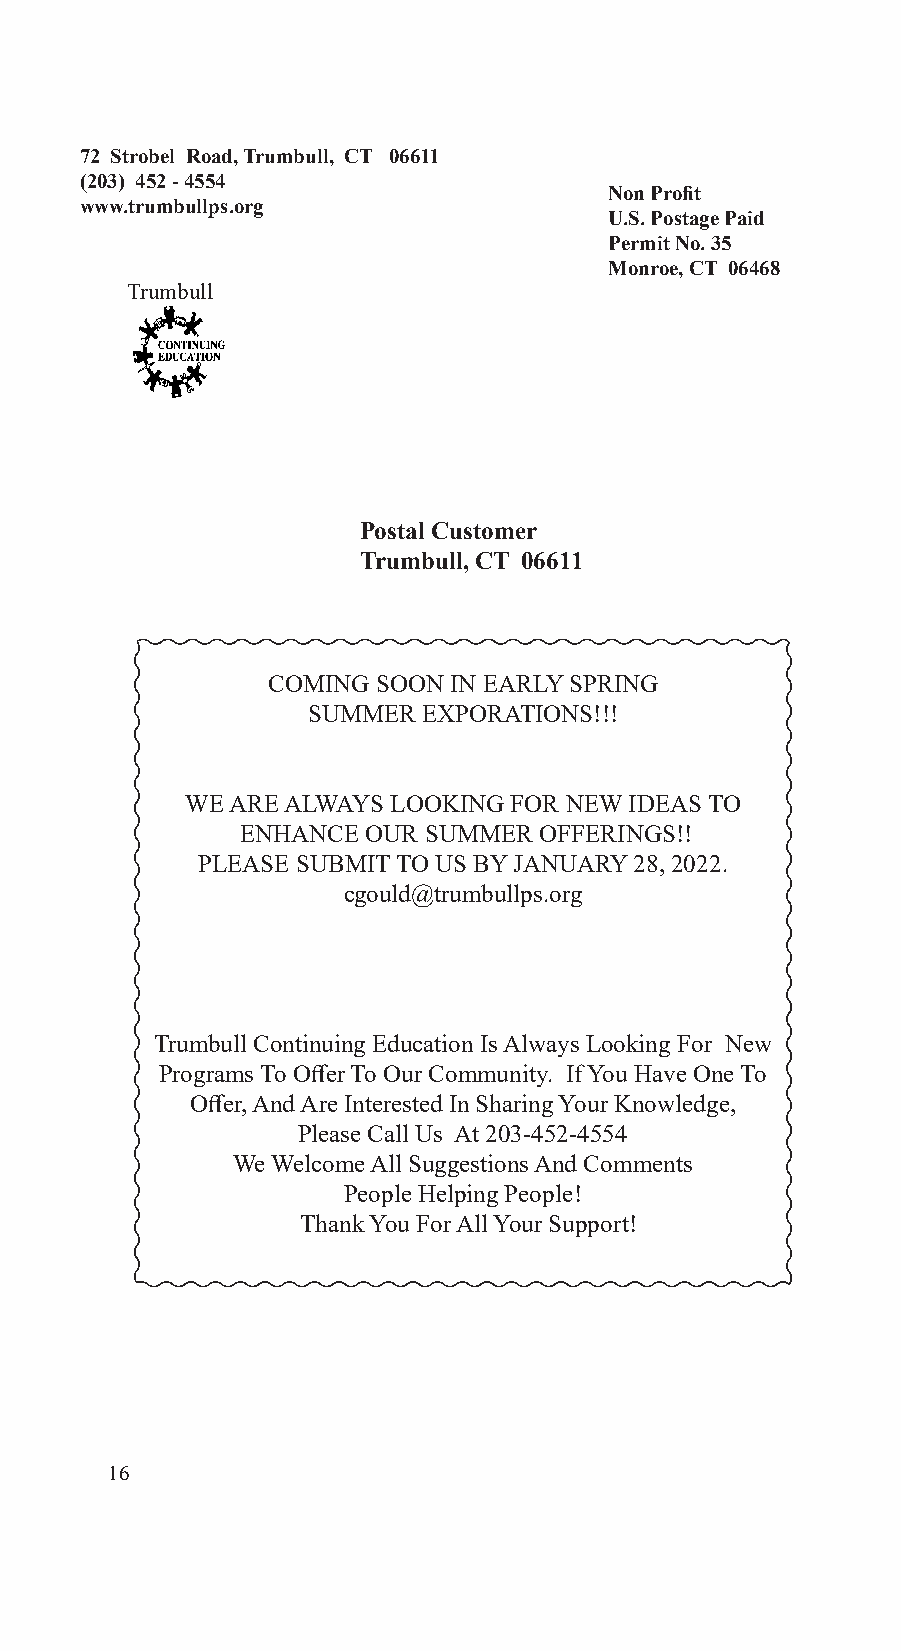
72 Strobel Road, Trumbull, CT 06611
 (203) 452 - 4554
 Non Profit
 www.trumbullps.org
 U.S. Postage Paid
 Permit No. 35
 Monroe, CT 06468
 Trumbull
 Postal Customer
 Trumbull, CT 06611
 COMING SOON IN EARLY SPRING
 SUMMER  EXPORATIONS!!!
 WE ARE ALWAYS LOOKING FOR NEW IDEAS TO
 ENHANCE OUR SUMMER  OFFERINGS!!
 PLEASE SUBMIT TO US BY JANUARY 28, 2022.
 cgould@trumbullps.org
 Trumbull Continuing Education Is Always Looking For New
 Programs To Offer To Our Community. If You Have One To
 Offer, And Are Interested In Sharing Your Knowledge,
 Please Call Us At 203-452-4554
 We Welcome All Suggestions And Comments
 People Helping People!
 Thank You For All Your Support!
 16